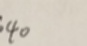
4 0